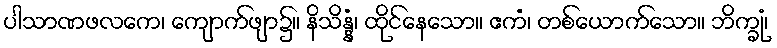
ပါသာဏဖလကေ၊ ကျောက်ဖျာ၌။ နိသိန္နံ၊ ထိုင်နေသော။ ဧကံ၊ တစ်ယောက်သော။ ဘိက္ခုံ၊